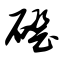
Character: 磴